Language: tamil
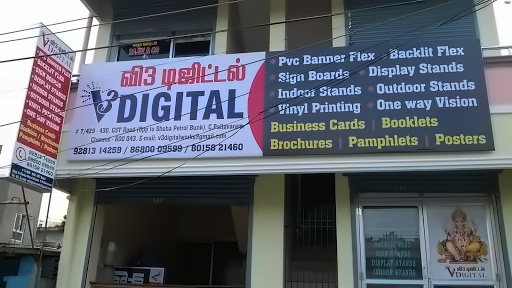
Transcription: டிஜிட்டல் வி